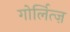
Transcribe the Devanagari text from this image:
गोर्लित्ज़